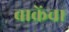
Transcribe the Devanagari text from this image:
बाक्रेंचा